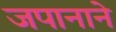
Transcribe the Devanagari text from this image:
जपानाने